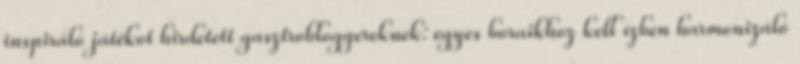
inspiráló játékot hirdetett gasztrobloggereknek: egyes boraikhoz kell ízben harmonizáló